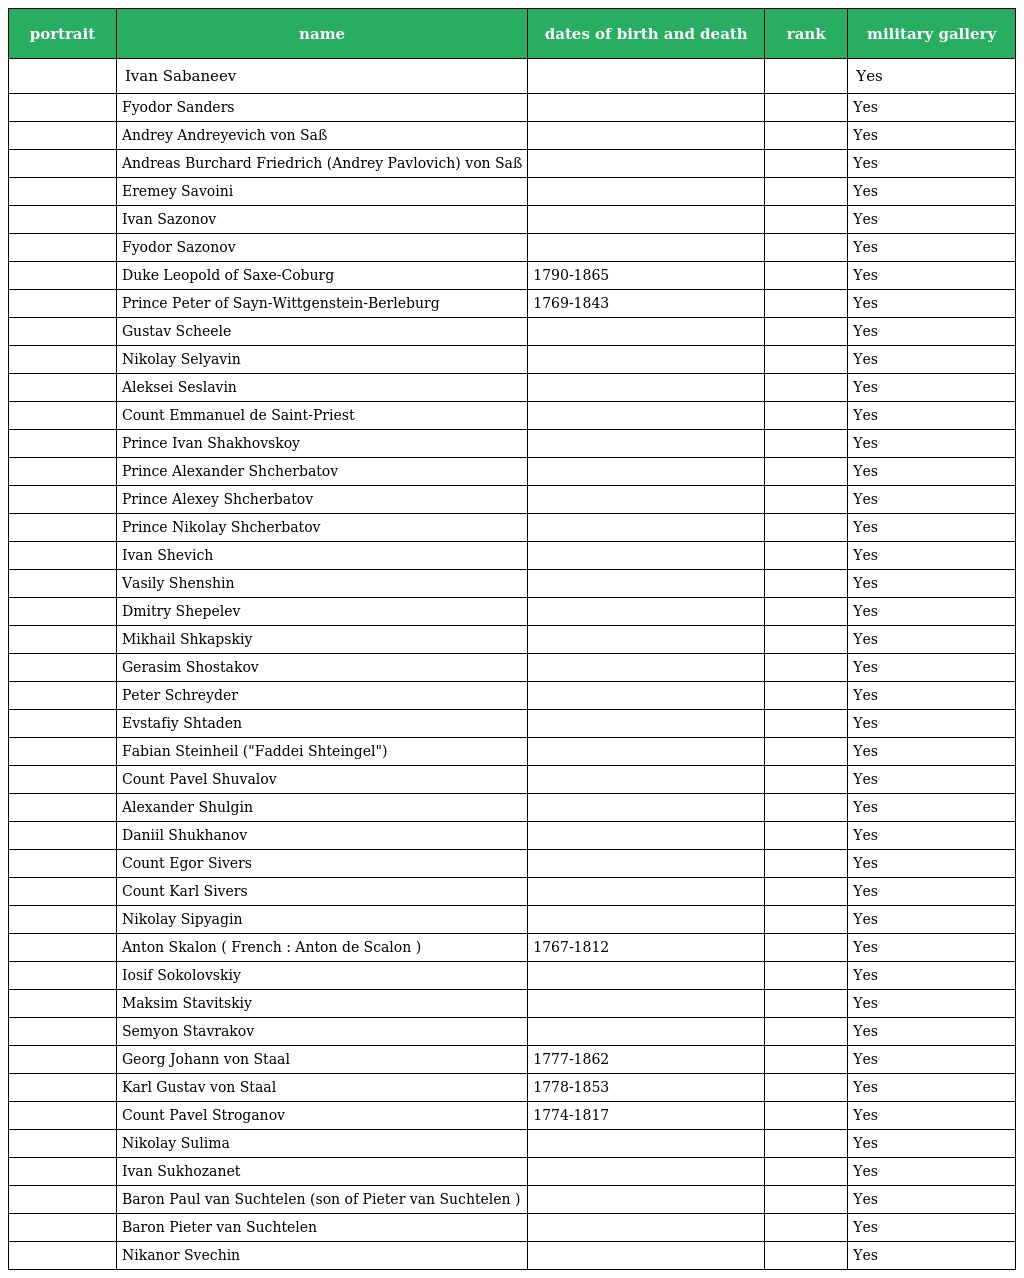
| portrait | name | dates of birth and death | rank | military gallery |
 | --- | --- | --- | --- | --- |
 |  | Ivan Sabaneev |  |  | Yes |
 |  | Fyodor Sanders |  |  | Yes |
 |  | Andrey Andreyevich von Saß |  |  | Yes |
 |  | Andreas Burchard Friedrich (Andrey Pavlovich) von Saß |  |  | Yes |
 |  | Eremey Savoini |  |  | Yes |
 |  | Ivan Sazonov |  |  | Yes |
 |  | Fyodor Sazonov |  |  | Yes |
 |  | Duke Leopold of Saxe-Coburg | 1790-1865 |  | Yes |
 |  | Prince Peter of Sayn-Wittgenstein-Berleburg | 1769-1843 |  | Yes |
 |  | Gustav Scheele |  |  | Yes |
 |  | Nikolay Selyavin |  |  | Yes |
 |  | Aleksei Seslavin |  |  | Yes |
 |  | Count Emmanuel de Saint-Priest |  |  | Yes |
 |  | Prince Ivan Shakhovskoy |  |  | Yes |
 |  | Prince Alexander Shcherbatov |  |  | Yes |
 |  | Prince Alexey Shcherbatov |  |  | Yes |
 |  | Prince Nikolay Shcherbatov |  |  | Yes |
 |  | Ivan Shevich |  |  | Yes |
 |  | Vasily Shenshin |  |  | Yes |
 |  | Dmitry Shepelev |  |  | Yes |
 |  | Mikhail Shkapskiy |  |  | Yes |
 |  | Gerasim Shostakov |  |  | Yes |
 |  | Peter Schreyder |  |  | Yes |
 |  | Evstafiy Shtaden |  |  | Yes |
 |  | Fabian Steinheil ("Faddei Shteingel") |  |  | Yes |
 |  | Count Pavel Shuvalov |  |  | Yes |
 |  | Alexander Shulgin |  |  | Yes |
 |  | Daniil Shukhanov |  |  | Yes |
 |  | Count Egor Sivers |  |  | Yes |
 |  | Count Karl Sivers |  |  | Yes |
 |  | Nikolay Sipyagin |  |  | Yes |
 |  | Anton Skalon ( French : Anton de Scalon ) | 1767-1812 |  | Yes |
 |  | Iosif Sokolovskiy |  |  | Yes |
 |  | Maksim Stavitskiy |  |  | Yes |
 |  | Semyon Stavrakov |  |  | Yes |
 |  | Georg Johann von Staal | 1777-1862 |  | Yes |
 |  | Karl Gustav von Staal | 1778-1853 |  | Yes |
 |  | Count Pavel Stroganov | 1774-1817 |  | Yes |
 |  | Nikolay Sulima |  |  | Yes |
 |  | Ivan Sukhozanet |  |  | Yes |
 |  | Baron Paul van Suchtelen (son of Pieter van Suchtelen ) |  |  | Yes |
 |  | Baron Pieter van Suchtelen |  |  | Yes |
 |  | Nikanor Svechin |  |  | Yes |